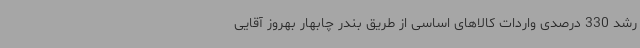
رشد 330 درصدی واردات کالاهای اساسی از طریق بندر چابهار بهروز آقایی